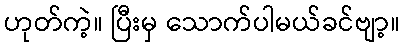
ဟုတ်ကဲ့။ ပြီးမှ သောက်ပါမယ်ခင်ဗျာ့။